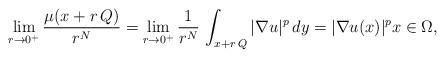
LaTeX: \begin{align*} \lim_{r \to 0^+} \frac{\mu(x+r\,Q)}{r^N} = \lim_{r\to 0^+}\frac{1}{r^N}\,\int_{x+r\,Q} |\nabla u|^p\,dy = |\nabla u(x)|^p x \in \Omega,\end{align*}